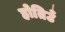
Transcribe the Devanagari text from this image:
होतिउँ